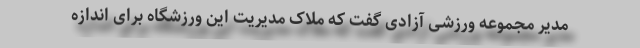
مدیر مجموعه ورزشی آزادی گفت که ملاک مدیریت این ورزشگاه برای اندازه